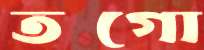
তগো